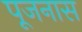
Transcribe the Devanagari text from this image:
पूजनास